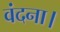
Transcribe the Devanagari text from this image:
वंदना।